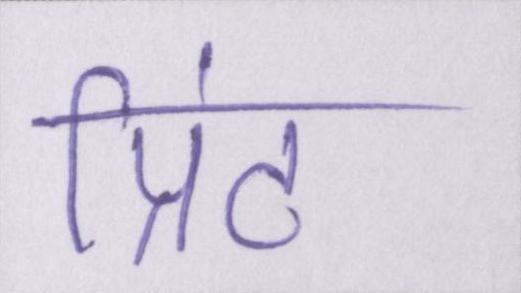
प्रिंट